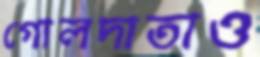
গোলদাতাও